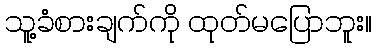
သူ့ခံစားချက်ကို ထုတ်မပြောဘူး။